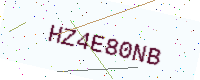
Text: HZ4E80NB